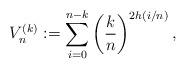
LaTeX: \begin{align*} V_n^{(k)}:= \sum_{i=0}^{n-k} \left(\frac{k}{n} \right)^{2h(i/n)},\end{align*}